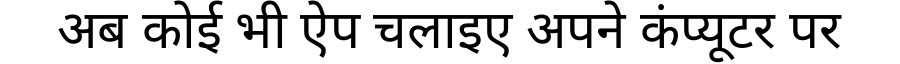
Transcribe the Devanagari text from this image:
अब कोई भी ऐप चलाइए अपने कंप्यूटर पर